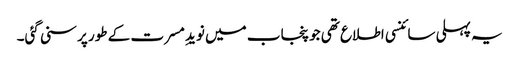
یہ پہلی سائنسی اطلاع تھی جو پنجاب میں نویدِ مسرت کے طور پر سنی گئی۔